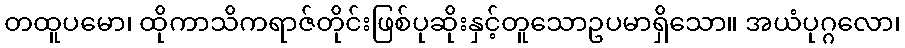
တထူပမော၊ ထိုကာသိကရာဇ်တိုင်းဖြစ်ပုဆိုးနှင့်တူသောဥပမာရှိသော။ အယံပုဂ္ဂလော၊